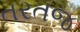
તરતજ